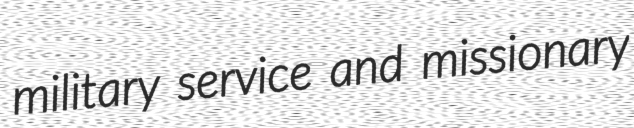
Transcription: military service and missionary